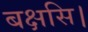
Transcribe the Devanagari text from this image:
बक्षसि।